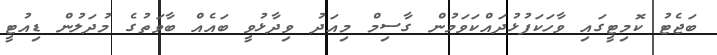
ބަޖެޓު ކޮމިޓީގައި ވާހަކަފުޅުދައްކަވަމުން ގާސިމް މިއަދު ވިދާޅުވީ ބައެއް ބާވަތުގެ މުދަލުން ޑިއުޓީ